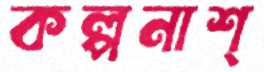
কল্পনাশ্